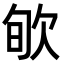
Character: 㰬